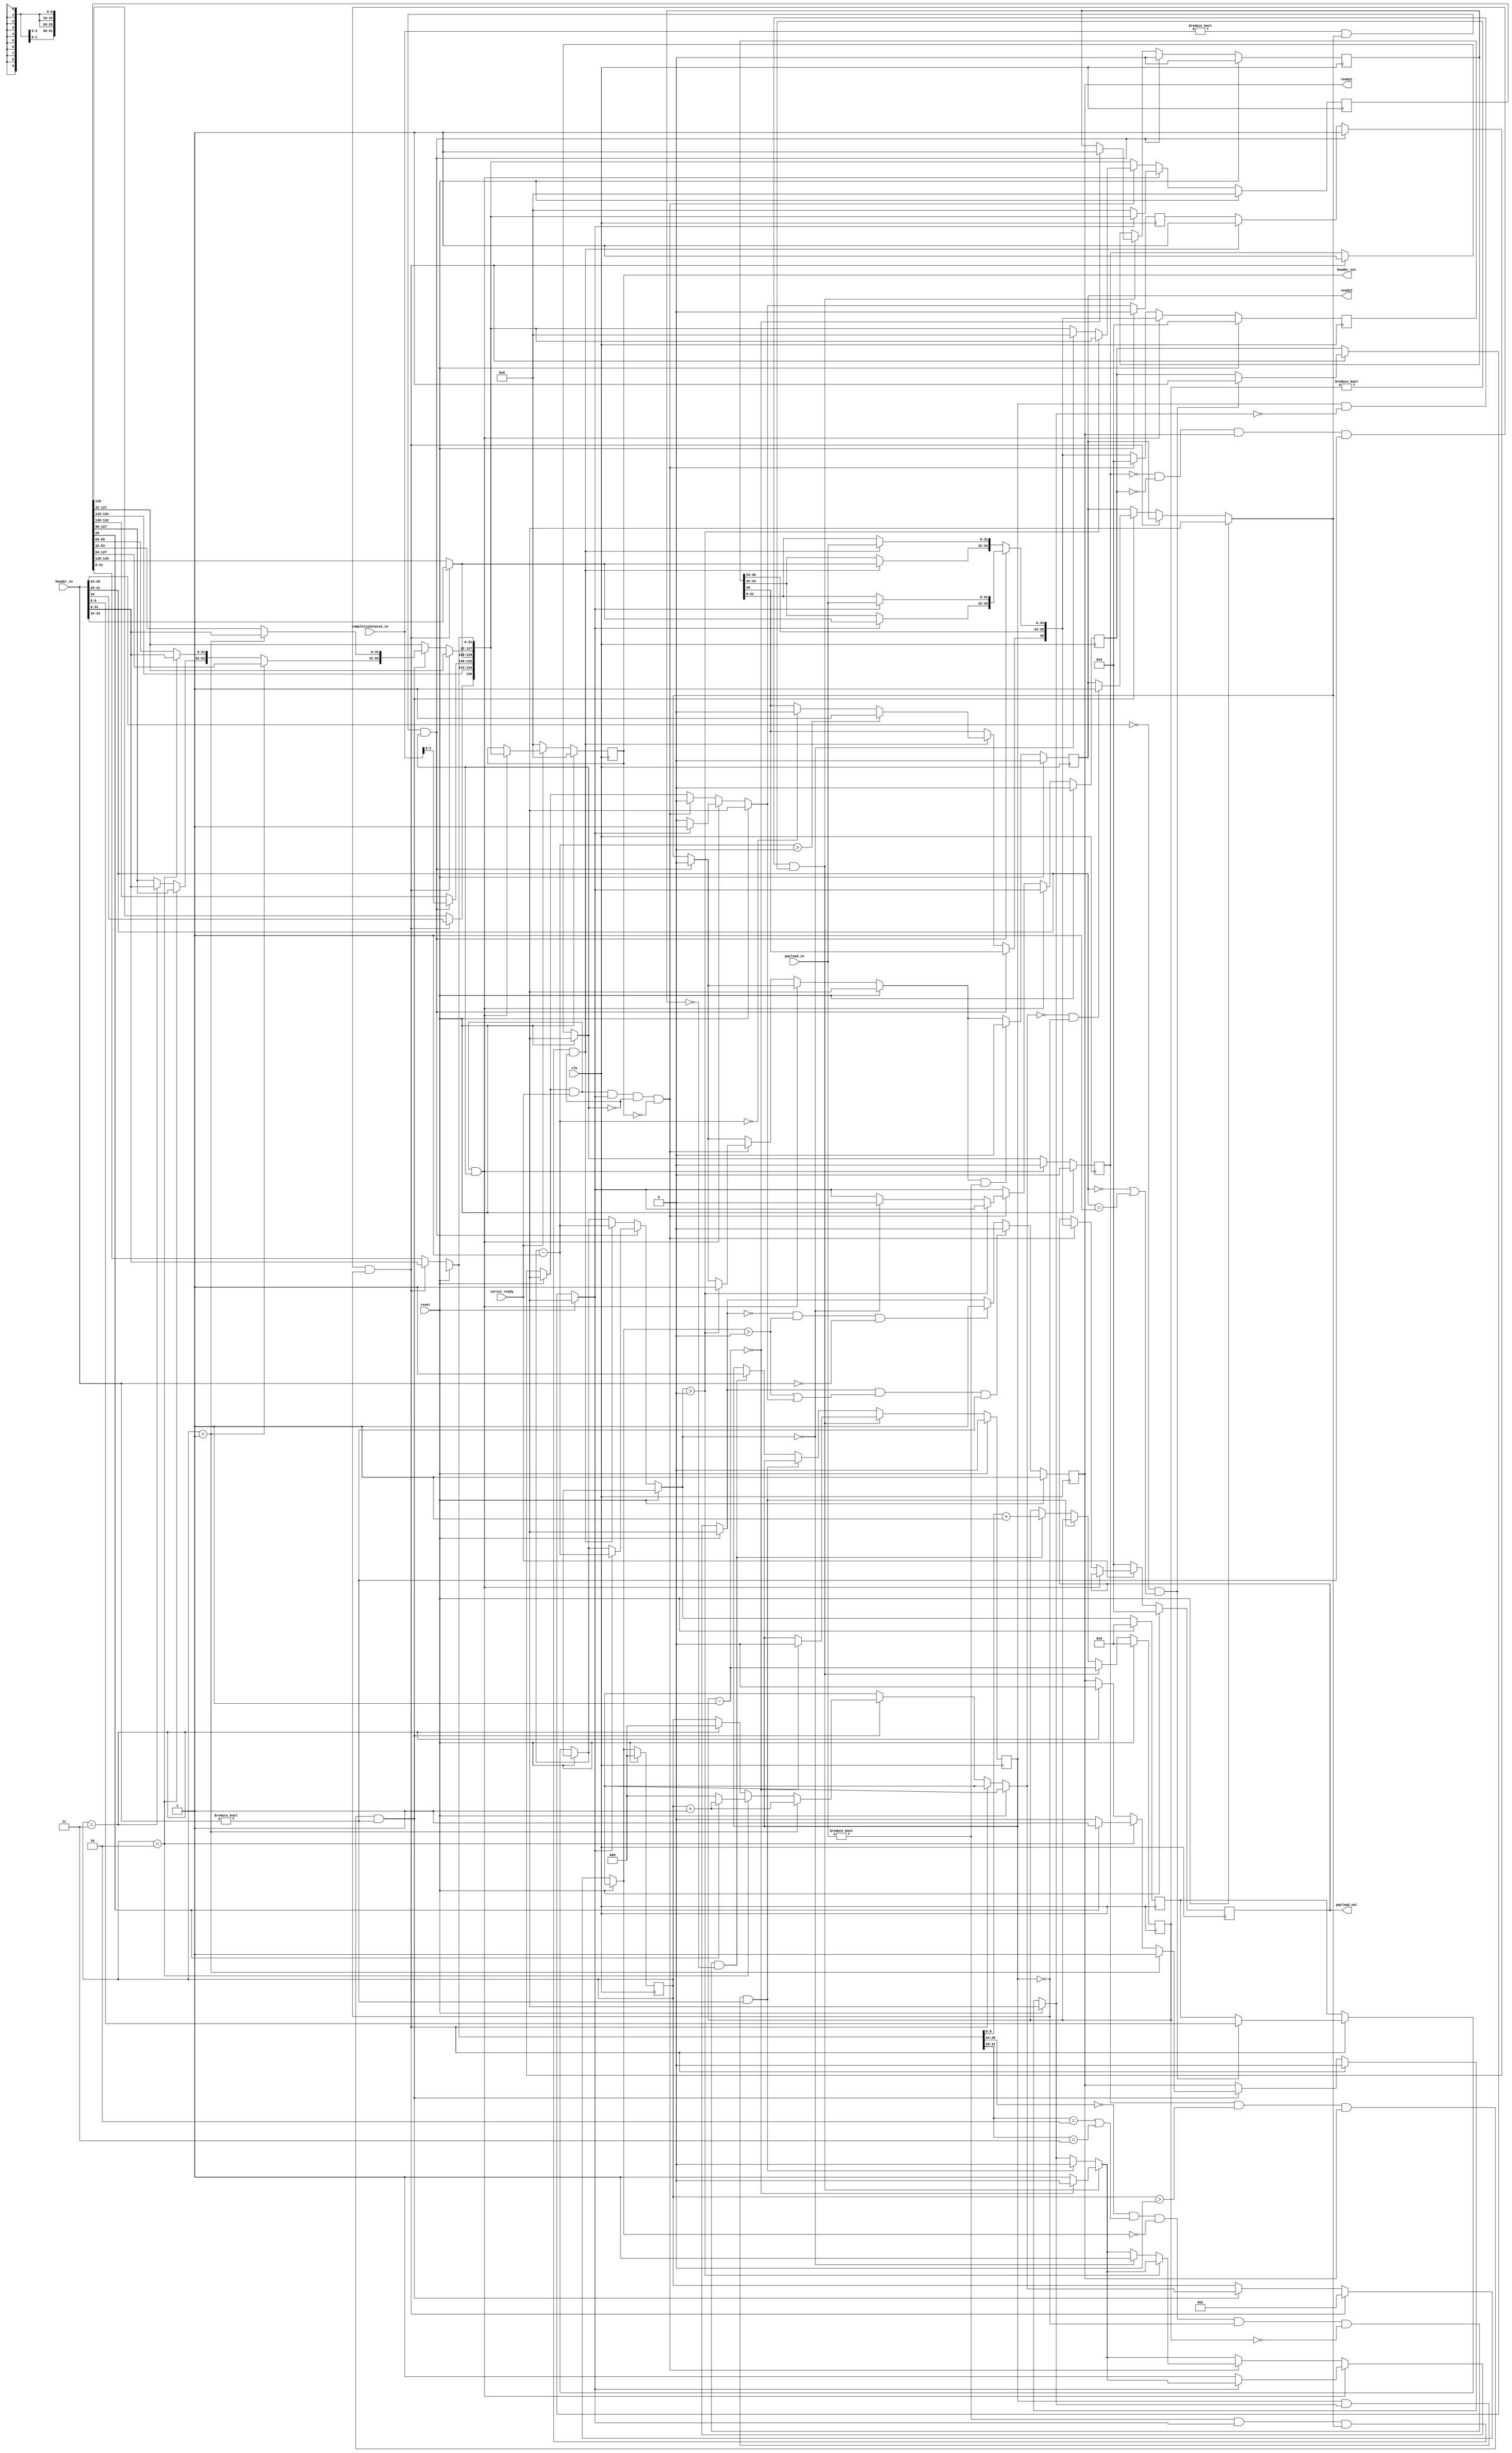
`timescale 1ns / 1ps 
`default_nettype none 

module OLR_Ingress(
	header_out,
	payload_out,
	ready1,
	ready2,
	payload_in,
	header_in,
	completionstatus_in,
	clk,
	reset,
	sorter_ready
);

// Declare inputs 
	input [34:0] 	header_in;	// Completion header from upstream HSB
	input [31:0]	payload_in;	// Payload from Hardware Subunit
	input [3:0]	completionstatus_in;	//Completion type from Hardware Subunit
	input		clk,	// clock signal
			reset,	//reset signal
			sorter_ready;	// ready signal from downstream Sorter
	
// Declare output ports		    	
	output reg [135:0]	header_out;		//Concatenated input header that is outputted to Sorter to be formed into complete TLP
	output reg [39:0]	payload_out;	// Output payload to Sorter
	output reg 		ready1,		// Ready signal to alert HSIB subsystem that the OLR is ready for header input
				ready2;			// Ready signal to alert Hardware Subunit that the OLR is ready for header input
 
// Declare Middle Ports 

	reg [135:0]	header_register;
	reg [39:0]	header_temp_register,
			payload_register;	
	reg [31:0]	payload_temp_register;
	reg [9:0]	payload_counter,
			mem_write_ready_counter;
	reg [3:0]	completionstatus_temp_register;
	reg [2:0]	header_counter;
	reg		reset_register,
			sorter_ready_register,
			header_control,
			payload_control,
			mem_write_ready_control,
			mem_write_compstatus_wait,
			ready_to_depart;
	

// Module Instantiation

always @(posedge clk)
begin	

	reset_register = reset;
	sorter_ready_register = sorter_ready;
	header_temp_register = header_in;
	payload_temp_register = payload_in;
	completionstatus_temp_register = completionstatus_in;
	#1

	//initialization sequence
	if(reset_register == 1'b1)
	begin
		header_out = 136'b0;
		payload_out = 40'b0;
		ready1 = 1'b1;
		ready2 = 1'b0;
		header_register = 136'b0;
		payload_register = 32'b0;
		payload_counter = 10'b0;
		completionstatus_temp_register = 3'b0;
		header_counter = 3'b0;
		reset_register = 1'b0;
		sorter_ready_register = 1'b0;
		header_control = 1'b0;
		payload_control = 1'b0;
		ready_to_depart = 1'b0;
		mem_write_ready_counter = 10'b0;
		mem_write_ready_control = 1'b0;
		mem_write_compstatus_wait = 1'b0;
	end	

	else
	begin
		//initial header input
		if(header_control == 1'b0 && payload_control == 1'b0 && ready1 == 1'b1 && header_temp_register != 1'b0 && mem_write_ready_control == 0)
		begin
			header_register [31:0] = header_temp_register[31:0];				// Header
			header_register [135] = header_temp_register[34];				// Header of the Header bits
			header_register [129:128] = header_temp_register[33:32];			// Header of the Header bits
			header_counter = 3'b01;
			header_control = 1'b1;
			ready1 = 1'b0;
			
			if(header_register [28:24] == 5'b00000 && (header_register [31:29] == 3'b000 || header_register [31:29] == 3'b001))
			begin
				payload_control = 1'b1;
				payload_counter = header_register[9:0];
			end

		end
		else if (header_control == 1'b1 && header_counter > 3'b0 && ready1 == 1'b1 && header_temp_register != 1'b0)
		begin
			//reads in the 2nd header
			if(header_counter == 3'b001)
			begin
				header_register [63:32] = header_temp_register[31:0];
				header_counter = header_counter + 1'b1;
				ready1 = 1;
			end

			//reads in the 3rd header
			else if(header_counter == 3'b010)
			begin
				header_register [95:64] = header_temp_register[31:0];

				if(header_register[29] == 1'b0)
				begin
					ready1 = 1'b0;
					header_counter = 2'b0;
				end
			
				else if(header_register[29] == 1'b1)
				begin
					ready1 = 1'b1;
					header_counter = header_counter + 1'b1;
				end
			end
		 
			else if (header_counter == 2'b11)
			begin
				header_register [127:96] = header_temp_register[31:0];
				header_counter = 1'b0;
				ready1 = 1'b0;
			end

			if (header_counter == 2'b00 && mem_write_ready_control == 1'b0)
			begin
				 ready2 = 1'b1;
			end
		end

		//handle Memory write payloads
		if (mem_write_ready_control == 1'b1 && ready1 == 1'b0 && mem_write_ready_counter != 10'b0)
		begin
			ready1 = 1'b1;
			mem_write_ready_counter = mem_write_ready_counter - 1'b1;
			if(mem_write_ready_counter == 1'b0)
			begin
				mem_write_ready_control = 1'b0;
				mem_write_compstatus_wait = 1'b1;
				ready1 = 1'b0;
			end
		end
		else if (mem_write_ready_control == 1'b1 && ready1 == 1'b1 && header_temp_register != 40'b0)
		begin
			ready1 = 1'b0;
		end

		else if(header_register [28:24] == 5'b00000 && (header_register [31:29] == 3'b010 || header_register [31:29] == 3'b011) && header_counter == 3'b0 && mem_write_ready_control == 1'b0 && mem_write_ready_counter == 10'b0 && mem_write_compstatus_wait == 1'b0)
		begin
			mem_write_ready_control = 1'b1;
			mem_write_ready_counter = header_register[9:0] + 1'b1;
		end

		//completion status
		if (completionstatus_temp_register != 4'b0 && ready2 == 1'b1 && header_control == 1'b1)
		begin
			header_register[132:130] = completionstatus_temp_register[2:0];
			ready2 = 1'b0;
			ready_to_depart = 1'b1;
			mem_write_compstatus_wait = 1'b0;

			if (payload_control == 1'b1)
			begin
				payload_register[31:0] = payload_temp_register;
				payload_register[33:32] = header_register[129:128];		// LINK NUMBER
				payload_counter = payload_counter - 1'b1;
			end
		end


		// PAYLOAD
		else if (payload_temp_register != 32'b0 && payload_control == 1'b1 && ready2 == 1'b1 && header_control == 1'b0)
		begin
			payload_register[31:0] = payload_temp_register;
			payload_register[33:32] = header_register[129:128];		// LINK NUMBER
			payload_counter = payload_counter - 1'b1;
			ready_to_depart = 1'b1;

			if (payload_counter > 1'b0)
			begin
				payload_register[39] = 1'b1;
			end

			else if (payload_counter == 1'b0)
			begin
				payload_register[39] = 1'b0;
			end

		end


		// OUTPUT HEADER
		if (ready_to_depart == 1'b1 && sorter_ready_register == 1'b1 && header_control == 1'b1)
		begin
			header_out = header_register;
			header_control = 1'b0;
			if(payload_control == 1'b1)
			begin
				ready_to_depart = 1'b1;
			end
			else if(payload_control == 1'b0)
			begin
				ready_to_depart = 1'b0;
				header_register = 1'b0;
				ready1 = 1'b1;
			end
		end

		// OUTPUT PAYLOAD
		else if (ready_to_depart == 1'b1 && sorter_ready_register == 1'b1 && payload_control == 1'b1 && header_control == 1'b0 && header_out == 136'b0)
		begin
			

			payload_out = payload_register;
			payload_register = 0;
			ready_to_depart = 1'b0;

			if (payload_counter > 10'b0)
			begin
				ready2 = 1'b1;
			end
			else if (payload_counter == 10'b0)
			begin
				payload_control = 1'b0;
				ready1 = 1'b1;
				header_register = 1'b0;
			end
		end
		

		//if the ready signals are low, drop the output
		if (sorter_ready_register == 1'b0)
		begin
			header_out = 136'b0;
			payload_out = 40'b0;
		end

		if (ready1 == 1'b1 && (header_counter > 0 || ready_to_depart == 1'b1) && header_temp_register != 40'b0)
		begin
			ready1 = 1'b0;
		end

		else if(ready1 == 1'b0 && header_counter > 0 && header_temp_register == 40'b0)
		begin
			ready1 = 1'b1;
		end
		
		if (ready2 == 1'b1 && payload_temp_register != 32'b0)
		begin
			ready2 = 1'b0;
		end


	end
end
endmodule